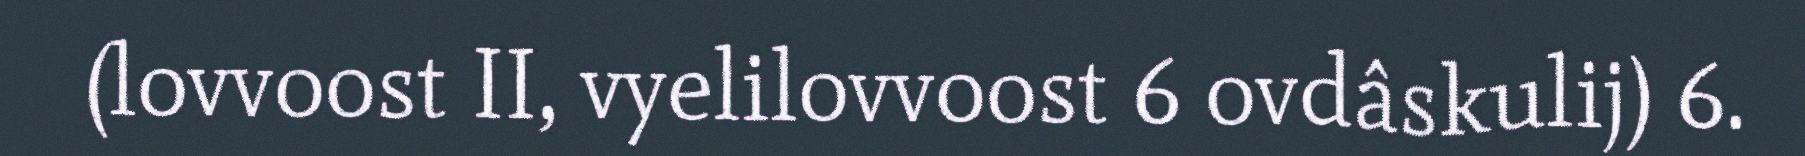
(lovvoost II, vyelilovvoost 6 ovdâskulij) 6.